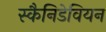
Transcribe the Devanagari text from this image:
स्कैनिडेवियन